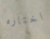
اختاره